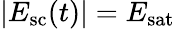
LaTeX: |E_{\mathrm{sc}}(t)|=E_{\mathrm{sat}}